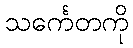
သင်္ကေတကို